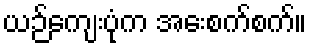
ယဉ်ကျေးပုံက အေးစက်စက်။